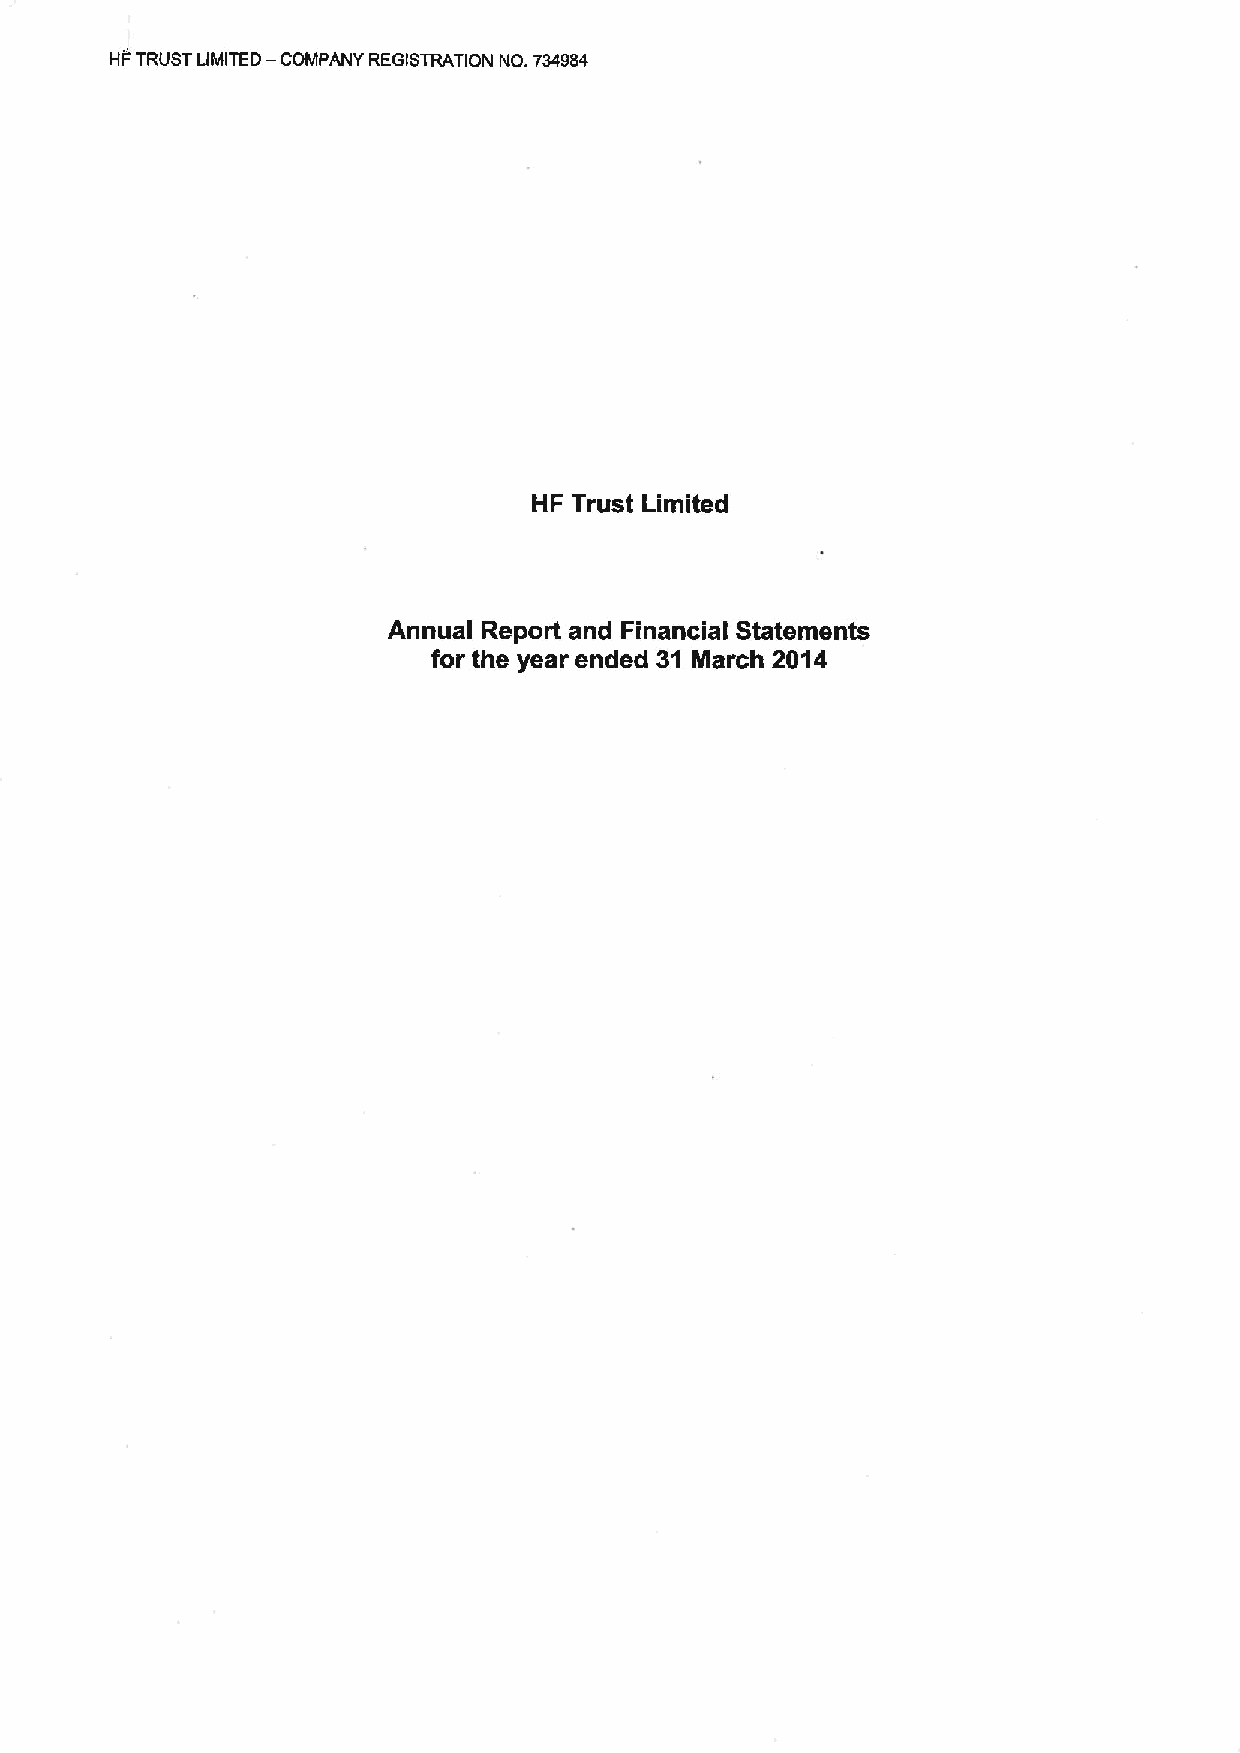
HFTRUST LIMITED — COMPANY REGISTRATION NO. 734984
 HF Trust Limited
 Annual Report and Financial Statements
 for the year ended 31 March 2014